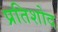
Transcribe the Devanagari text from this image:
प्रतिशोद